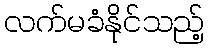
လက်မခံနိုင်သည့်